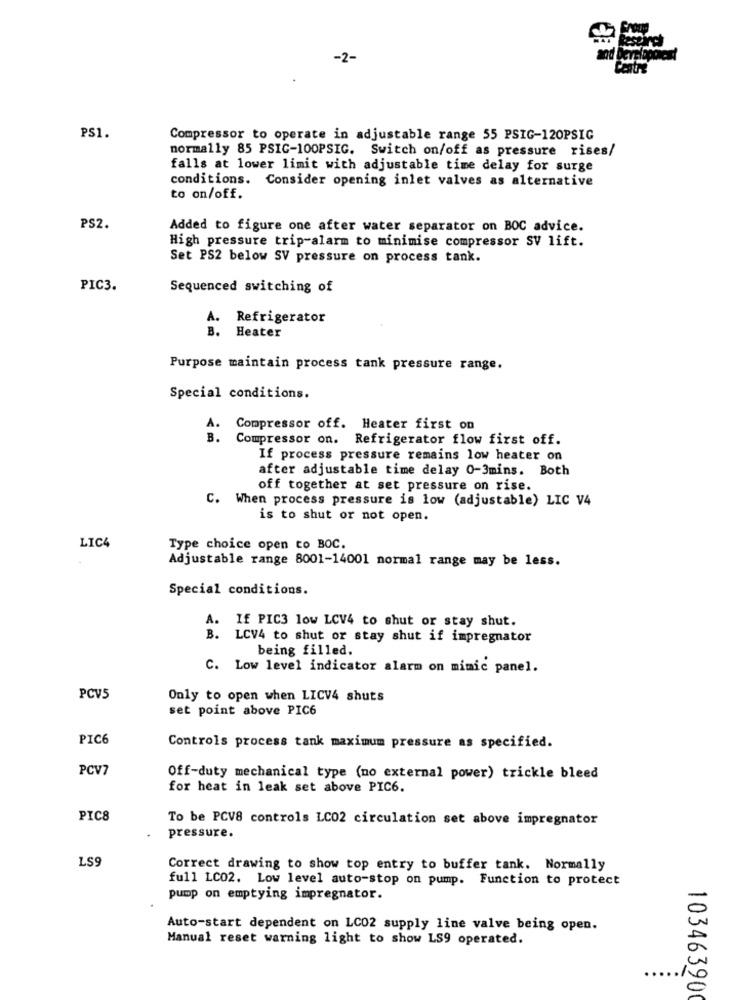
estircl
-2-
PS1.
Compressor to operate in adjustable range 55 PSIG-120PSIG
normally 85 PSIC-100PSIG. Switch on/off as pressure rises/
falls at lower limit with adjustable time delay for surge
conditions. Consider opening inlet valves as alternative
to on/off.
PS2.
Added to figure one after water separator on BOC advice.
High pressure trip-alarm to minimise compressor SV lift.
Set PS2 below SV pressure on process tank.
PIC3.
Sequenced switching of
A. Refrigerator
B.
Heater
Purpose maintain process tank pressure range.
Special conditions.
A. Compressor off. Heater first on
B.
Compressor on. Refrigerator flow first off.
If process pressure remains low heater on
after adjustable time delay 0-3mins. Both
off together at set pressure on rise.
C. When process pressure is low (adjustable) LIC V4
is to shut or not open.
LIC4
Type choice open to BOC.
Adjustable range 8001-14001 normal range may be less.
Special conditions.
A. If PIC3 low LCV4 to shut or stay shut.
B. LCV4 to shut or stay shut if impregnator
being filled.
C. Low level indicator alarm on mimic panel.
PCV5
Only to open when LICV4 shuts
set point above PIC6
PIC6
Controls process tank maximum pressure as specified.
PCV7
Off-duty mechanical type (no external power) trickle bleed
for heat in leak set above PIC6.
PIC8
To be PCV8 controls LC02 circulation set above impregnator
pressure.
LS9
Correct drawing to show top entry to buffer tank. Normally
full LC02. Low level auto-stop on pump. Function to protect
pump on emptying impregnator.
Auto-start dependent on LC02 supply line valve being open.
Manual reset warning light to show LS9 operated.
..
103463900